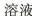
溶液